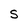
Character: S